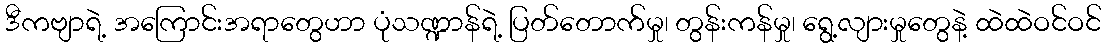
ဒီကဗျာရဲ့ အကြောင်းအရာတွေဟာ ပုံသဏ္ဍာန်ရဲ့ ပြတ်တောက်မှု၊ တွန်းကန်မှု၊ ရွေ့လျားမှုတွေနဲ့ ထဲထဲဝင်ဝင်